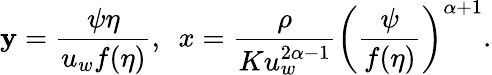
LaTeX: \mathbf{y}=\frac{{\psi\eta}}{{u_{w}f(\eta)}},~~x=\frac{{\rho}}{{Ku_{w}^{2\alpha-1}}}\left(\frac{{\psi}}{{f(\eta)}}\right)^{\alpha+1}.